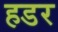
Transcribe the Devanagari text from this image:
हडर